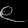
Digit: ၉